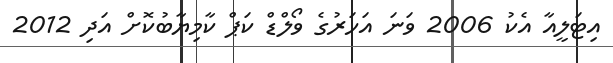
އިޓަލީއާ އެކު 2006 ވަނަ އަހަރުގެ ވޯލްޑް ކަޕް ކާމިޔާބުކޮށް އަދި 2012